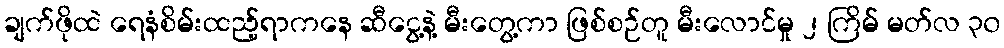
ချက်ဖိုထဲ ရေနံစိမ်းထည့်ရာကနေ ဆီငွေ့နဲ့ မီးတွေ့ကာ ဖြစ်စဉ်တူ မီးလောင်မှု ၂ ကြိမ် မတ်လ ၃၀